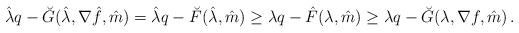
LaTeX: \begin{align*} \hat\lambda q- \breve G(\hat\lambda,\nabla\hat f,\hat m)=\hat\lambda q-\breve F( \hat\lambda,\hat m)\ge\lambda q-\hat F( \lambda,\hat m) \ge \lambda q- \breve G(\lambda,\nabla f,\hat m)\,.\end{align*}